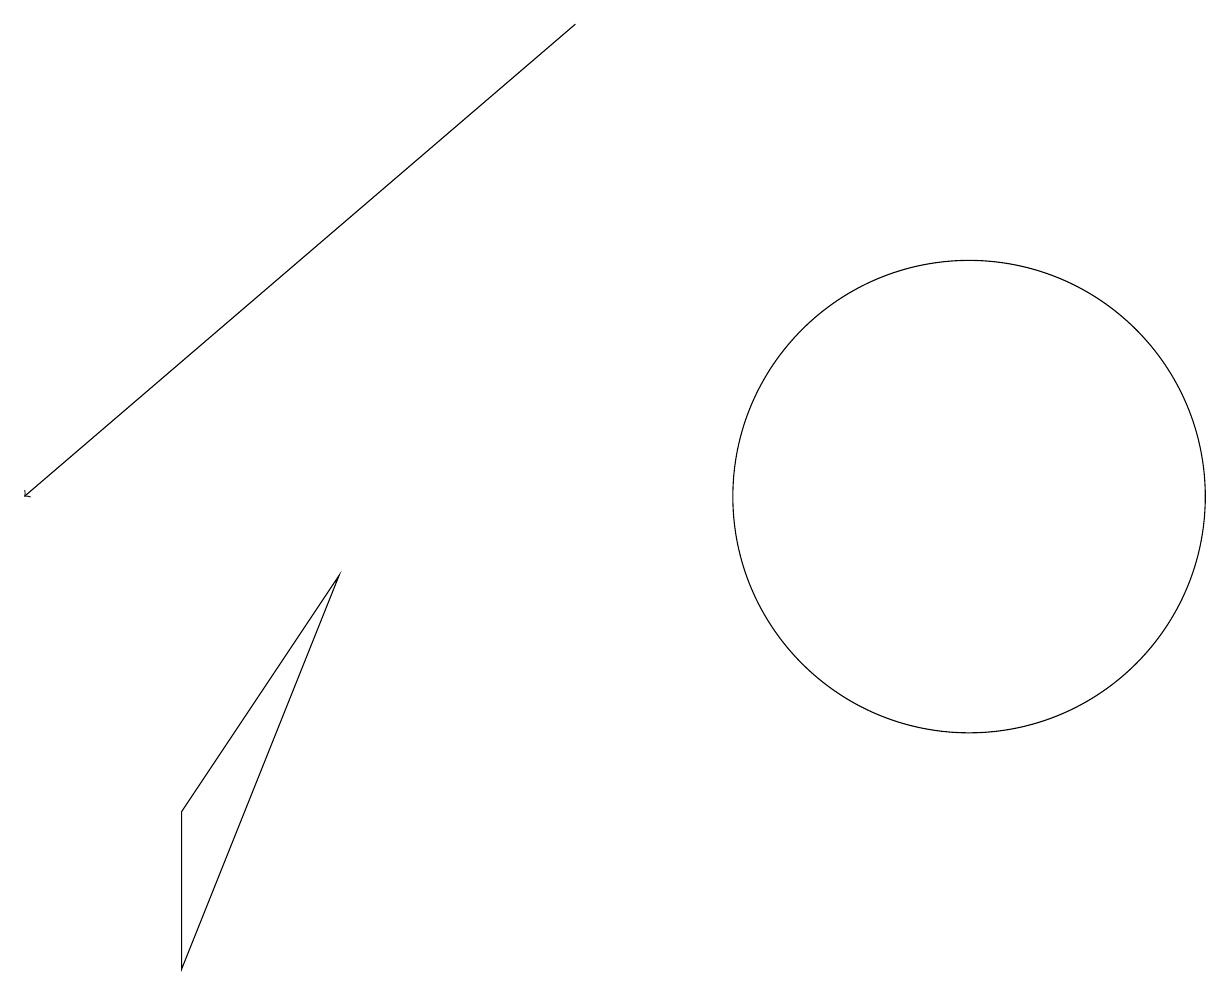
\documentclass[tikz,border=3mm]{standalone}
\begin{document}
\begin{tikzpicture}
\draw[->] (7,16) -- (0,10);
\draw (12,10) circle (3);
\draw (4,9) -- (2,4) -- (2,6) -- cycle;
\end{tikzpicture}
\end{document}